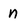
Character: n